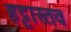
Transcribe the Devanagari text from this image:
हट्टास्तव